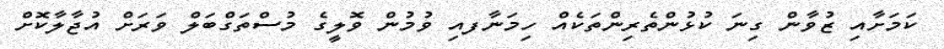
ކަމަށާއި ޒުވާން ގިނަ ކުޅުންތެރިންތަކެއް ހިމަނާފއި ވުމުން ވޮލީގެ މުސްތަގްބަލް ވަރަށް އުޖާލާކޮށް